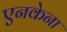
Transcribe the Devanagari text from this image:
एनकेना